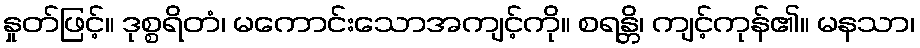
နှုတ်ဖြင့်။ ဒုစ္စရိတံ၊ မကောင်းသောအကျင့်ကို။ စရန္တိ၊ ကျင့်ကုန်၏။ မနသာ၊